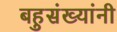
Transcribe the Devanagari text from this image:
बहुसंख्यांनी